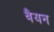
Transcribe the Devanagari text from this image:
वैयन